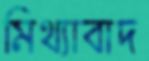
মিথ্যাবাদ